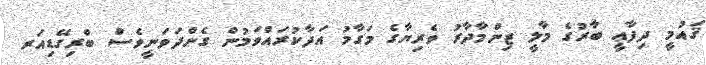
ޤައުމީ ދިފާޢީ ބާރުގެ މާލީ ޒިންމާދާރު ވެރިޔާގެ މަގާމު އަދާކުރައްވަމުން ގެންދަވަނީވެސް ބްރިގޭޑިއަރ